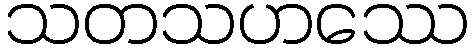
သတသဟဿေ